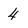
Character: 4